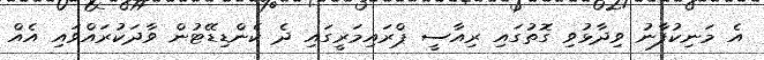
އެ މަނިކުފާނު ވިދާޅުވި ގޮތުގައި ރިއާސީ ޕްރައިމަރީގައި ދެ ކެންޑިޑޭޓުން ވާދަކުރައްވައި އެއް